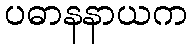
ပဓာနနာယက